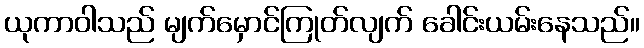
ယုကာဝါသည် မျက်မှောင်ကြုတ်လျက် ခေါင်းယမ်းနေသည်။